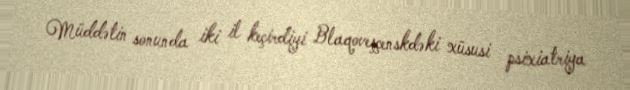
Müddətin sonunda iki il keçirdiyi Blaqoveşçenskdəki xüsusi psixiatriya